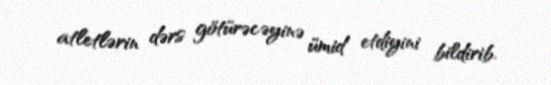
atletlərin dərs götürəcəyinə ümid etdiyini bildirib.